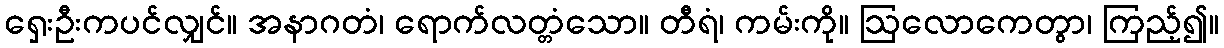
ရှေးဦးကပင်လျှင်။ အနာဂတံ၊ ရောက်လတ္တံသော။ တီရံ၊ ကမ်းကို။ ဩလောကေတွာ၊ ကြည့်၍။